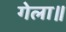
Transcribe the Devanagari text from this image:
गेला॥